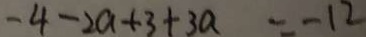
- 4 - 2 a + 3 + 3 a = - 1 2